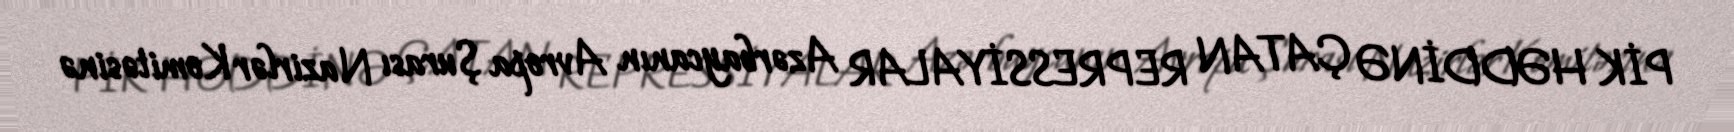
PİK HƏDDİNƏ ÇATAN REPRESSİYALAR Azərbaycanın Avropa Şurası Nazirlər Komitəsinə